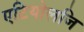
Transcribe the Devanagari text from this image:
एटियोलजि